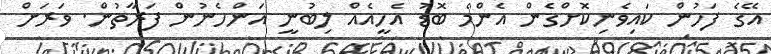
އޭގެ ފަހުން ކައިވެނިކޮށްގެން އެންމެ ބޮޑު އެހީއެއް ލިބުނީ އަންހެނުން ފަރާތުން. ވަރަށް